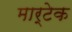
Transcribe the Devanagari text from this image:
मार्टेक